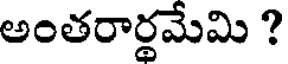
అంతరార్థమేమి ?